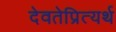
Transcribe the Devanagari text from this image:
देवतेप्रित्यर्थ